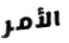
الأمر